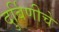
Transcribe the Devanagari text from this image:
दुर्बिणीचे